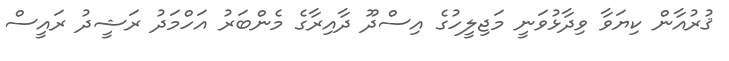
ޤުރުއާން ކިޔަވާ ވިދާޅުވަނީ މަޖިލީހުގެ އިސްދޫ ދާއިރާގެ މެންބަރު އަހްމަދު ރަޝީދު ރައީސް